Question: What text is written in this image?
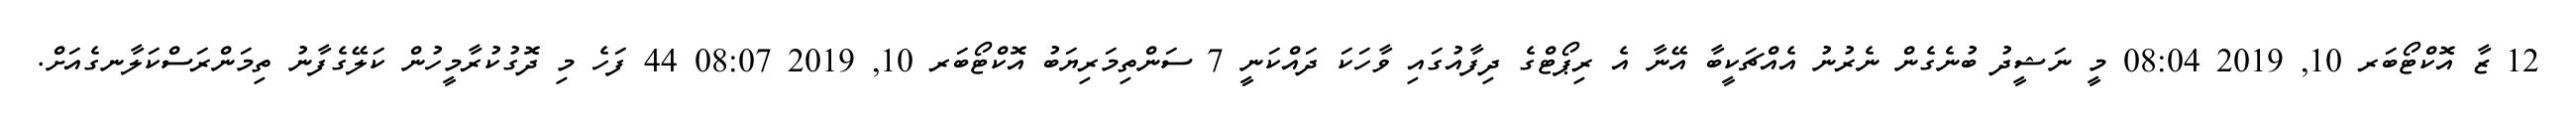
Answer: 12 ޒާ އޮކްޓޯބަރ 10, 2019 08:04 މީ ނަޝީދު ބުނެގެން ނެރުނު އެއްޗަކީބާ އޭނާ އެ ރިޕޯޓްގެ ދިފާއުގައި ވާހަކަ ދައްކަނީ 7 ސަންތިމަރިޔަބު އޮކްޓޯބަރ 10, 2019 08:07 44 ފަހެ މި ދޮގުކުރާމީހުން ކަލޭގެފާނު ތިމަންރަސްކަލާނގެއަށް.